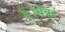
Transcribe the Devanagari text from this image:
हैं।चेन्नई